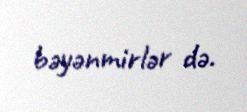
bəyənmirlər də.